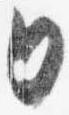
日